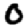
Digit: 0